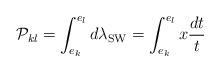
LaTeX: \begin{align*}{\cal P}_{kl}=\int_{e_{k}}^{e_{l}}d\lambda_{\rm SW}=\int_{e_{k}}^{e_{l}} x \frac{dt}{t}\end{align*}